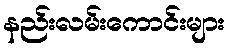
နည်းလမ်းကောင်းများ